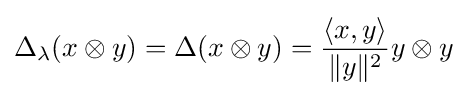
\Delta _{\lambda }(x\otimes y)=\Delta (x\otimes y)={\frac {\langle x,y\rangle }{\lVert y\rVert ^{2}}}y\otimes y